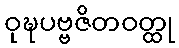
ဝုဍ္ဎပဗ္ဗဇိတဝတ္ထု